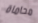
محاماة